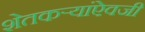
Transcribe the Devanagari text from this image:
शेतकऱ्यांऐवजी